Indian journal of veterinary science and animal husbandry - Volume 13,
Year: 1943
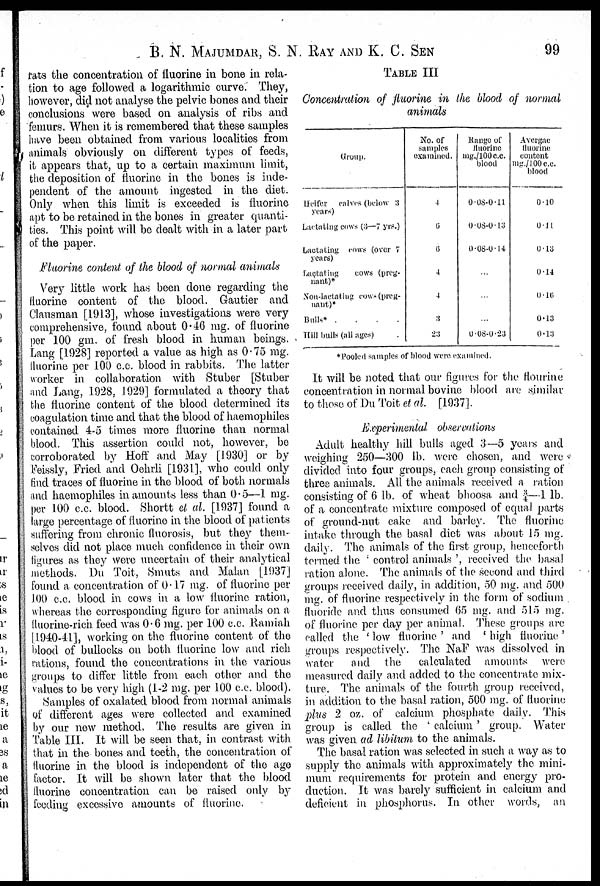
B. N. MAJUMDAR, S. N. RAY AND K. C.
SEN
99
rats the concentration of fluorine in bone in rela-
tion to age followed a logarithmic curve. They,
however, did not analyse the pelvic bones and their
conclusions were based on analysis of ribs and
femurs. When it is remembered that these samples
have been obtained from various localities from
animals obviously on different types of feeds,
it appears that, up to a certain maximum limit,
the deposition of fluorine in the bones is inde-
pendent of the amount ingested in the diet.
Only when this limit is exceeded is fluorine
apt to be retained in the bones in greater quanti-
ties. This point will be dealt with in a later part
of the paper.
Fluorine content of the blood of normal animals
Very little work has been done regarding the
fluorine content of the blood. Gautier and
Clausman [1913], whose investigations were very
comprehensive, found about 0.46 mg. of fluorine
per 100 gm. of fresh blood in human beings.
Lang [1928] reported a value as high as 0.75 mg.
fluorine per 100 c.c. blood in rabbits. The latter
worker in collaboration with Stuber [Stuber
and Lang, 1928, 1929] formulated a theory that
the fluorine content of the blood determined its
coagulation time and that the blood of haemophiles
contained 4-5 times more fluorine than normal
blood. This assertion could not, however, be
corroborated by Hoff and May [1930] or by
Feissly, Fried and Oehrli [1931], who could only
find traces of fluorine in the blood of both normals
and haemophiles in amounts less than 0.5—1 mg.
per 100 c.c. blood. Shortt et al. [1937] found a
large percentage of fluorine in the blood of patients
suffering from chronic fluorosis, but they them-
selves did not place much confidence in their own
figures as they were uncertain of their analytical
methods. Du Toit, Smuts and Malan [1937]
found a concentration of 0.17 mg. of fluorine per
100 c.c. blood in cows in a low fluorine ration,
whereas the corresponding figure for animals on a
fluorine-rich feed was 0.6 mg. per 100 c.c. Ramiah
[1940-41], working on the fluorine content of the
blood of bullocks on both fluorine low and rich
rations, found the concentrations in the various
groups to differ little from each other and the
values to be very high (1-2 mg. per 100 c.c. blood).
Samples of oxalated blood from normal animals
of different ages were collected and examined
by our new method. The results are given in
Table III. It will be seen that, in contrast with
that in the bones and teeth, the concentration of
fluorine in the blood is independent of the age
factor. It will be shown later that the blood
fluorine concentration can be raised only by
feeding excessive amounts of fluorine.
TABLE III
Concentration of fluorine in the blood of normal
animals
Group.
Heifer
calves (below 3
years)
Lactating cows (3—7 yrs.)
Lactating cows (over 7
years)
Lactating
cows (preg-
nant)*
Non-lactating cows(preg¬
nant)*
Bulls*
.
.
.
.
Hill bulls (all ages)
No. of
samples
examined.
4
6
6
4
4
3
23
Range of
fluorine
mg./100c.c.
blood
0.08-0.11
0.08-0.13
0.08-0.14
...
...
...
0.08-0.23
Avergae
fluorine
content
mg./100c.c.
blood
0.10
0.11
0.13
0.14
0.16
0.13
0.13
*Pooled samples of blood were examined.
It will be noted that our figures for the flourine
concentration in normal bovine blood are similar
to those of Du Toit et al. [1937].
Experimental observations
Adult healthy hill bulls aged 3—5 years and
weighing 250—300 lb. were chosen, and were
divided into four groups, each group consisting of
three animals. All the animals received a ration
consisting of 6 lb. of wheat bhoosa and ¾—1 lb.
of a concentrate mixture composed of equal parts
of ground-nut cake and barley. The fluorine
intake through the basal diet was about 15 mg.
daily. The animals of the first group, henceforth
termed the control animals ', received the basal
ration alone. The animals of the second and third
groups received daily, in addition, 50 mg. and 500
mg. of fluorine respectively in the form of sodium
fluoride and thus consumed 65 mg. and 515 mg.
of fluorine per day per animal. These groups are
called the 'low fluorine' and 'high fluorine'
groups respectively. The NaF was dissolved in
water
and the
calculated amounts were
measured daily and added to the concentrate mix-
ture. The animals of the fourth group received,
in addition to the basal ration, 500 mg. of fluorine
plus 2 oz. of calcium phosphate daily. This
group is called the ' calcium ' group. Water
was given ad libitum to the animals.
The basal ration was selected in such a way as to
supply the animals with approximately the mini-
mum requirements for protein and energy pro-
duction. It was barely sufficient in calcium and
deficient in phosphorus. In other words, an